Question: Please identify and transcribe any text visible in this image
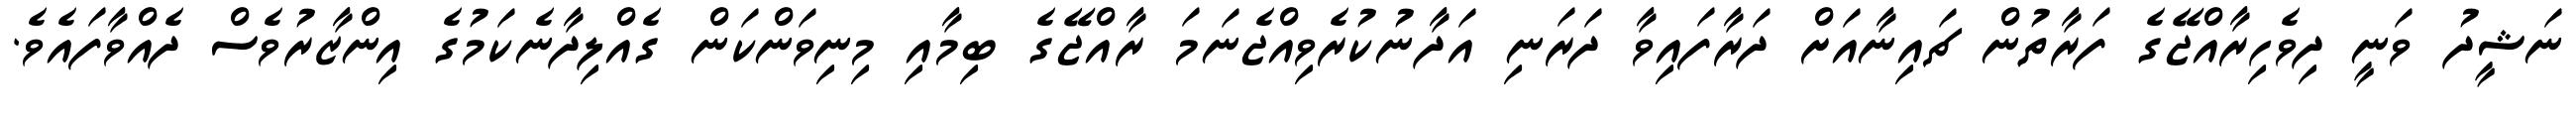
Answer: ނަޝީދު ވަނީ ދިވެހިރާއްޖޭގެ ފަރާތުން ޗައިނާއަށް ދަރާފައިވާ ދަރަނި އަދާނުކުރެވިއްޖެނަމަ ރާއްޖޭގެ ބިމާއި މިނިވަންކަން ގެއްލިދާނެކަމުގެ އިންޒާރުވެސް ދެއްވާފައެވެ.